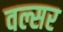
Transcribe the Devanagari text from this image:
वल्सर